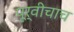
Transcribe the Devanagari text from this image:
पूर्वीचाच